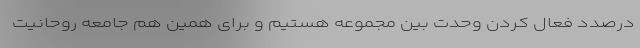
درصدد فعال کردن وحدت بین مجموعه هستیم و برای همین هم جامعه روحانیت